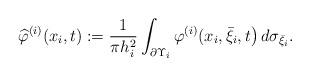
LaTeX: \begin{align*} \widehat{\varphi}^{(i)}(x_i, t) := \frac{1}{\pi h^2_i} \int_{\partial \Upsilon_i} \varphi^{(i)}(x_i, \bar{\xi}_i, t\big)\, d\sigma_{\bar{\xi}_i}.\end{align*}